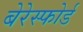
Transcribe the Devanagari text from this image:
बेरेस्फोर्ड